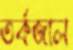
তর্কজাল